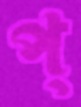
প্